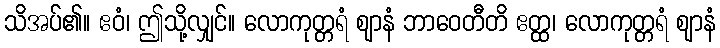
သိအပ်၏။ ဧဝံ၊ ဤသို့လျှင်။ လောကုတ္တရံ ဈာနံ ဘာဝေတီတိ ဧတ္ထ၊ လောကုတ္တရံ ဈာနံ